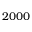
2 0 0 0